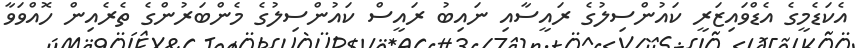
އެކަޑެމީގެ އެޑްވައިޒަރީ ކައުންސިލުގެ ރައީސާއި ނައިބު ރައީސް ކައުންސިލުގެ މެންބަރުންގެ ތެރެއިން ހޮއްވަވާ